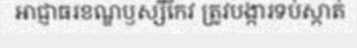
អាជ្ញាធរខណ្ឌឫស្សីកែវ ត្រូវបង្ការទប់ស្កាត់